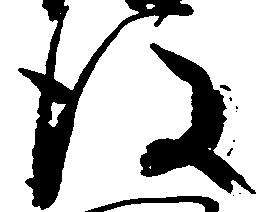
後